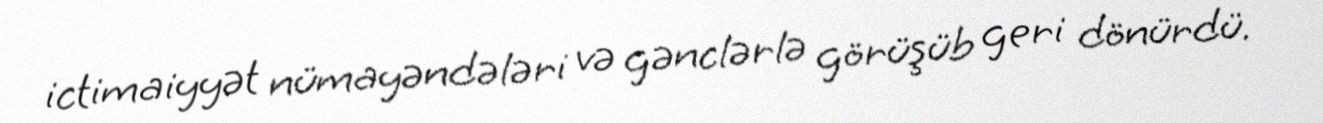
ictimaiyyət nümayəndələri və gənclərlə görüşüb geri dönürdü.